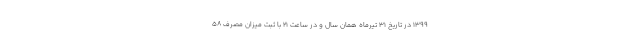
1399 در تاریخ 31 تیرماه همان سال و در ساعت 21 با ثبت میزان مصرف 58